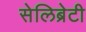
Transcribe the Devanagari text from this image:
सेलिब्रेटी